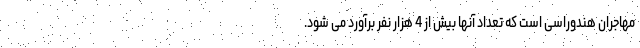
مهاجران هندوراسی است که تعداد آنها بیش از 4 هزار نفر برآورد می شود.